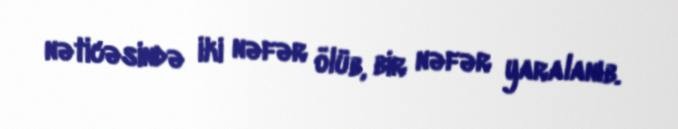
nəticəsində iki nəfər ölüb, bir nəfər yaralanıb.